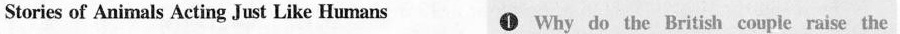
Stories of Animals Acting Just Like Humans 1 Why do the